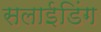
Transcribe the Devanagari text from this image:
सलाईडिंग